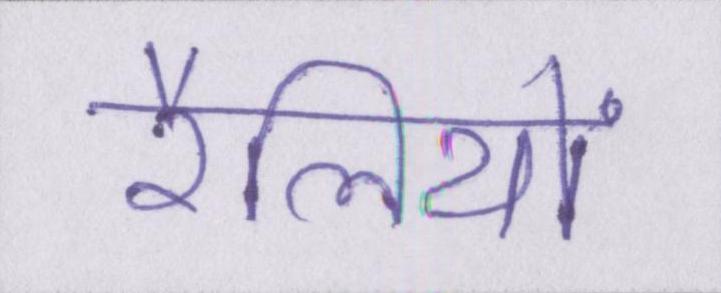
रैलियों